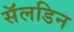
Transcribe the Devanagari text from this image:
सॅलडिन